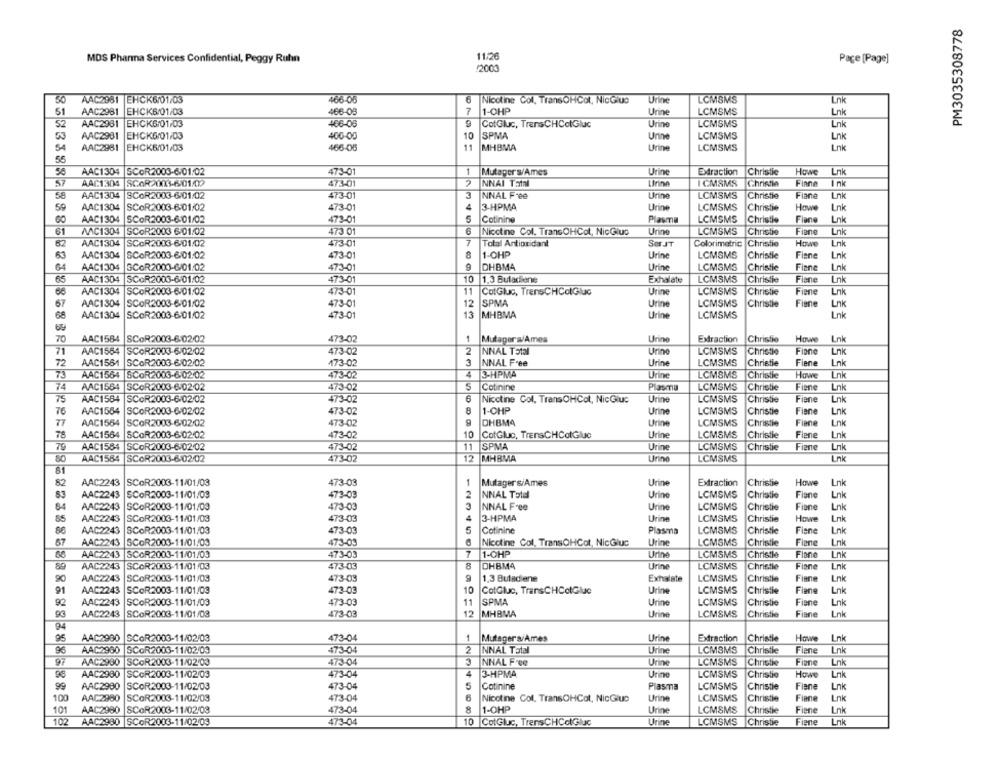
PM3035308778
MDS Phanna Services Confidential, Peggy Ruhn
11/26
Page [Page]
/2000
AAC2981 EHCK6/01/03
466-06
Nicotine Col. TransOHCot, NicGlue
Urine
LCMSMS
51
AAC2981
EHCK6/01/03
466-08
7
1-CHP
Urine
LCMSMS
Lnk
52
AAC2981
EHCK6/01/03
CotGluc, TrensCHCotGluc
Urine
LCMSMS
Lnk
466-06
53
AAC2981
EHCK6/01/03
400-00
10
SPMA
Urine
LCMSMS
Lnk
54
AAC2961
EHCK6/01/03
466-05
11
MHBMA
Urine
LCMSMS
Lnk
55
58
AAC1304
SCOR2003-6/01:02
473-01
1
Mutaper's/Ames
Urine
Extraction
Christie
Howe
Lnk
57
AAC1304 SCOR 001-6501/019
473-01
INNAI Tatal
Urine
ICMSMS
Christie
Finne
Ink
58
AAC1304
SCOR2003-6/01/02
473-01
3
NNAL Free
Urine
LCMSMS
Christie
Fiane
Lnk
59
AAC1304
4
3-HPMA
LCMSMS
SCOR2003-6-01/02
473-01
Urine
Christie
Howe
Lnk
AAC1304
SCOR2003-6:01/02
473-01
5
Cotining
Plasma
LCMSMS
Christie
Fiane
Lnk
61
AAC1304
SCOR2003 6 01/02
473 01
Nicotine Col. TransOHCol, NicGius
Urine
LCMSMS
Christie
Fiane
Lnk
62
AAC1304
SCOR2003-6/01/02
473-01
7
Total Antioxidant
Ser JT
Colorimetric
Christie
Howe
Lok
63
AAC1304
SCOR2003-6/01:02
473-01
1-OHP
Urine
LCMSMS
Christie
Finne
Lnk
AAC1304 3COR2000-6/01.02
473-01
DHBMA
Urine
LCMSMS
Christie
Fiane
Lok
65
AAC1304
SCOR2003-6/01/02
473-01
10
1.3 Buladiene
Exhalate
LCMSMS
Christie
Fiane
Lnk
66
AAC1304
Lnk
SCOR2003-6-01:02
473-01
11
CotGluc, TrensCHColGluc
Utine
LCMSMS
Christie
Fiene
67
AAC1304
SCOR2003-6-01:02
473-01
12
SPMA
Urine
LCMSMS
Christie
Fiene
Lnk
68
13
AAC1304
SCOR2003-6/01/02
473-01
MHBMA
Urine
LCMSMS
Lnk
70
AAC1584
SCOR2003-6:02/02
473-02
1
Mutagora/Amos
Urine
Extraction
Christie
Howe
Lnk
71
AAC1564
SCOR2003-6/02/02
473-02
2
NNAL Total
Urine
LCMSMS
Christie
Fiane
Lnk
72
AAC1561
SCOR2003-6/02/02
173-02
3
NNAL Free
Urine
LCMSMS
Christie
Fiene
Lnk
73
AAC1564
4
3-HPMA
Urine
LCMSMS
Christie
Howe
Lnk
SCOR2003-6:02:02
473-02
74
AAC1564
SCOR2003-6-02:02
473-02
S
Cotinine
Plasma
LCMSMS
Christie
Flere
Lnk
75
AAC1584 SCOR2003-6/02/02
473-02
Nicotine Col, TransOHCol, NicGluc
Urine
LCMSMS
Christie
Fiene
Lnk
76
AAC1564
SCOR2003-6/02/02
473-02
1-CHP
Urine
LCMSMS
Christie
Fiene
Lnk
77
AAC1564
SCOR2003-6/02/02
473-02
DHBMA
Urine
LCMSMS
Christie
Fiane
Lnk
78
AAC1564
SCOR2003-6/02/02
473-02
10
CotGluc, TrEnsCHColGluc
Urine
LCMSMS
Christie
Flene
Lnk
75
AAC1584 SCOR2003-6/02/02
473-02
11
SPMA
Urine
LCMSMS
Christie
Fiene
Lnk
AAC1564
12
MHBMA
LCMSMS
Lnk
SCOR2003-6/02/02
473-02
Urine
82
AAC2243
SCOR2003-11/01/03
473-03
1
Mutager s/Ames
Urine
Extraction
Christie
Howe
Lnk
AAC2243
SCOR2003-11/01/03
473-03
2
NNAL Total
Urine
LCMSMS
Christie
Lnk
Fiane
84
AAC2243 SCOR2003-11/01/03
473-03
NNAL Free
Urine
LCMSMS
Christie
Fiane
Lnk
85
AAC2243
SCOR2003-11/01/03
473-03
4
3-HPMA
Urine
LCMSMS
Christie
Howe
Lnk
AAC2243 SCOR2003-11/01/03
473-03
5
Cotinine
Plasma
LCMSMS
Christie
Fiane
Lnk
67
Lnk
AAC2243 SCOR2003-11/01/03
473-03
Nicotine Col, TransQHCot, NicGluc
Urine
LCMSMS
Christie
Flane
AAC2243 SCOR2003-11/01/03
473-03
1-OHP
Urine
LCMSMS
Christie
Flane
Lnk
89
AAC2243
SCOR2003-11/01/03
473-03
8
DHBMA
Urine
LCMSMS
Christie
Fiane
Lnk
0
AAC2243
SCOR2003-11/01/03
473-03
1.3 Buladiene
Exhalate
LCMSMS
Christie
Fiene
Lnk
91
AAC2243
SCOR2003-11/01/03
473-03
10
CotGluc, TransCHColGlue
Urine
LCMSMS
Christie
Fiane
Lnk
92
AAC2243 SCOR2003-11/01/03
473-03
11
SPMA
Urine
LCMSMS
Christie
Fiene
Lnk
93
AAC2243 SCOR2003-11/01/03
473-03
12
MHBMA
Urine
LCMSMS
Christie
Fiane
Lnk
94
95
AAC2900
SCOR2003-11/02/03
473-04
1
Mutagers/Ames
Urine
Extraction
Christie
Howe
Lnk
Lnk
96
AAC2960
SCGR2003-11/02/03
473-04
2
NNAL Tatal
Urine
LCMSMS
Christie
Flene
97
AAC2900
SCOR2003-11/02/03
473-04
3
NNAL Free
Urine
LCMSMS
Christie
Fiane
Lnk
AAC2980
SCOR2003-11/02/03
473-04
4
3-HPMA
Urine
LCMSMS
Christie
Howe
Lnk
AAC2980
SCOR2003-11/02/03
473-04
5
Cotinine
LCMSMS
Christie
Fiane
Lnk
Plasma
100
AAC2960
SCOR2003-11/02/03
473-04
Nicotine Gol. TransOHCot, NicGlue
Urine
LCMSMS
Christie
Fiane
Lnk
1-OHP
Lnk
101
AAC2980
SCOR2003-11/02/03
473-04
Urine
LCMSMS
Christie
Fiene
102
AAC2980 SCOR2003-11/02/03
473-04
10
CotGluc, TrensCHColGluc
Urine
LCMSMS
Christie
Fiene
Lok